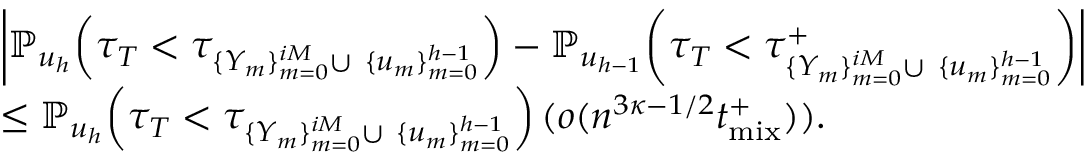
\begin{array} { r l } & { \left| \mathbb { P } _ { u _ { h } } \! \left( \tau _ { T } < \tau _ { \{ Y _ { m } \} _ { m = 0 } ^ { i M } \cup \ \{ u _ { m } \} _ { m = 0 } ^ { h - 1 } } \right) - \mathbb { P } _ { u _ { h - 1 } } \! \left( \tau _ { T } < \tau _ { \{ Y _ { m } \} _ { m = 0 } ^ { i M } \cup \ \{ u _ { m } \} _ { m = 0 } ^ { h - 1 } } ^ { + } \right) \right| } \\ & { \leq \mathbb { P } _ { u _ { h } } \! \left( \tau _ { T } < \tau _ { \{ Y _ { m } \} _ { m = 0 } ^ { i M } \cup \ \{ u _ { m } \} _ { m = 0 } ^ { h - 1 } } \right) ( o ( n ^ { 3 \kappa - 1 / 2 } { t _ { \mathrm { m i x } } ^ { + } } ) ) . } \end{array}